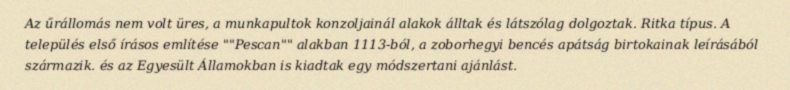
Az űrállomás nem volt üres, a munkapultok konzoljainál alakok álltak és látszólag dolgoztak. Ritka típus. A település első írásos említése ""Pescan"" alakban 1113-ból, a zoborhegyi bencés apátság birtokainak leírásából származik. és az Egyesült Államokban is kiadtak egy módszertani ajánlást.